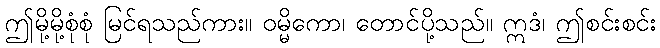
ဤမို့မို့စုံစုံ မြင်ရသည်ကား။ ဝမ္မိကော၊ တောင်ပို့သည်။ ဣဒံ၊ ဤစင်းစင်း